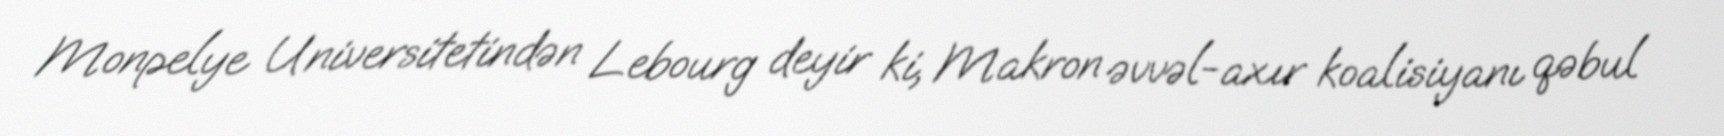
Monpelye Universitetindən Lebourg deyir ki, Makron əvvəl-axır koalisiyanı qəbul